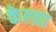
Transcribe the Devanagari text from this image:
केल्य़ा